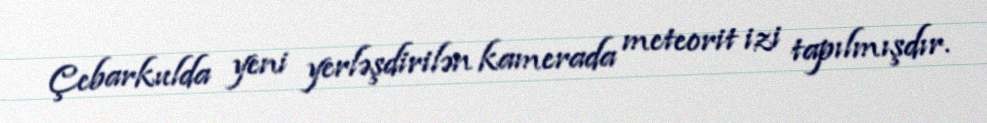
Çebarkulda yeni yerləşdirilən kamerada meteorit izi tapılmışdır.